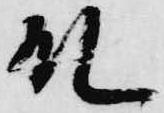
殿